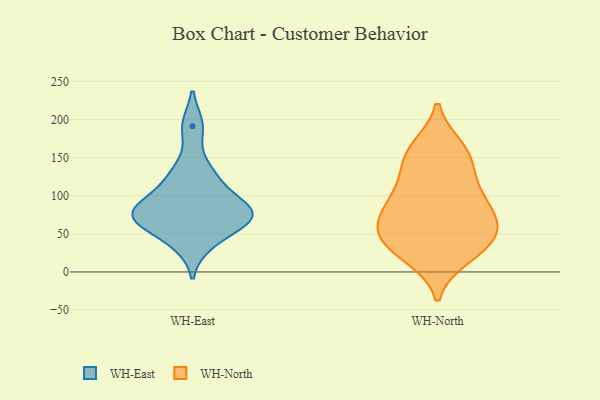
{"axis": {"x": "Inventory Turnover", "y": "Value"}, "legend": ["WH-East", "WH-North"], "data": [{"x": "", "y": 191, "type": "WH-East"}, {"x": "", "y": 74, "type": "WH-East"}, {"x": "", "y": 133, "type": "WH-East"}, {"x": "", "y": 88, "type": "WH-East"}, {"x": "", "y": 37, "type": "WH-East"}, {"x": "", "y": 85, "type": "WH-East"}, {"x": "", "y": 73, "type": "WH-East"}, {"x": "", "y": 117, "type": "WH-East"}, {"x": "", "y": 71, "type": "WH-East"}, {"x": "", "y": 62, "type": "WH-East"}, {"x": "", "y": 25, "type": "WH-North"}, {"x": "", "y": 68, "type": "WH-North"}, {"x": "", "y": 61, "type": "WH-North"}, {"x": "", "y": 109, "type": "WH-North"}, {"x": "", "y": 163, "type": "WH-North"}, {"x": "", "y": 161, "type": "WH-North"}, {"x": "", "y": 149, "type": "WH-North"}, {"x": "", "y": 55, "type": "WH-North"}, {"x": "", "y": 72, "type": "WH-North"}, {"x": "", "y": 97, "type": "WH-North"}, {"x": "", "y": 31, "type": "WH-North"}, {"x": "", "y": 142, "type": "WH-North"}, {"x": "", "y": 109, "type": "WH-North"}, {"x": "", "y": 84, "type": "WH-North"}, {"x": "", "y": 20, "type": "WH-North"}, {"x": "", "y": 45, "type": "WH-North"}, {"x": "", "y": 45, "type": "WH-North"}]}